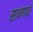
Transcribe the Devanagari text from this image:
सान्गातं